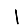
Digit: 1